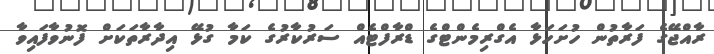
ރާއްޖޭގެ ފަރާތުން ހުށަހަޅާ އެގްރިމެންޓްގެ ޑްރާފްޓެއް ސަރުކާރުގެ ކަމާ ގުޅޭ އިދާރާތަަކަށް ފޮނުވާފައިވާ